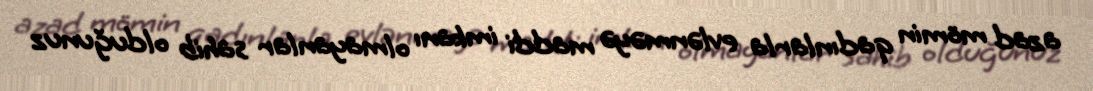
azad mömin qadınlarla evlənməyə maddi imkanı olmayanlar sahib olduğunuz